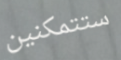
ستتمكنين